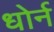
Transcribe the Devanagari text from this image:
धोर्न